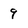
Character: 9